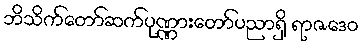
ဘိသိက်တော်ဆက်ပုဏ္ဏားတော်ပညာရှိ ရာဇဒေဝ